system: You are a helpful assistant.
user:
Analyze the provided spectrum to determine if it is a **M-type Giant (gM)**.

A M-type Giant spectrum is defined by its **strong molecular absorption** features, particularly from **Titanium Oxide (TiO)**. You must check for one of the following mutually exclusive signatures:

- **Key Visual Indicators (Absorption-Dominated Spectrum):**

    - **(Primary):** The spectrum is dominated by strong molecular absorption from **Titanium Oxide (TiO)**. This is the **defining feature** of its M-type temperature class.
        - **(Key Bandheads):** Look for sharp, "saw-tooth" absorption valleys. The strongest are located near **~7050 Å**, **~6160 Å**, and **~5170 Å**.
        - **(Line Profile):** The "saw-tooth" morphology is critical: a **sharp, steep drop on the BLUE (short-wavelength) side** of the bandhead, followed by a gradual recovery (rising flux) towards the RED (long-wavelength) side.

    - **(Key Confirmation - Giant vs. Dwarf):** **ABSENCE** of strong **Calcium Hydride (CaH)** molecular bands. This is the primary diagnostic for *excluding* M-dwarfs.
        - **(Key Region):** The spectrum should lack the strong, broad absorption band seen in dwarfs between **~6800 Å and ~7000 Å**.

    - **(Secondary Confirmation - Giant):** A very strong and broad **Neutral Calcium (Ca I)** atomic absorption line.
        - **(Key Line):** Located at **~4226 Å**. In a giant (gM), this line is significantly deeper and broader than the same line in an M-dwarf (dM) due to low surface gravity.

    - **(Overall Spectrum):**
        - The continuum is **extremely red-sloping** (i.e., flux is very low in the blue and rises dramatically towards the red).
        - The entire spectrum appears "chopped up" by the deep TiO bands.

Think first, call **spectral_visualization_tool** if needed to examine features in detail, then provide your final answer. Your response must adhere to the following strict rules:
1.  **Overall Structure:** Your response must follow the format `<think>...</think> <tool_call>...</tool_call> (if a tool is used) <answer>...</answer>`.
2.  **Tool Usage Constraint:** You may only make **one** tool call per turn.
3.  **Final Answer Format:** In the `<answer>` tag, your conclusion must be inside a `\boxed{}` command (e.g., `\boxed{YES}` or `\boxed{NO}`), followed by your justification.

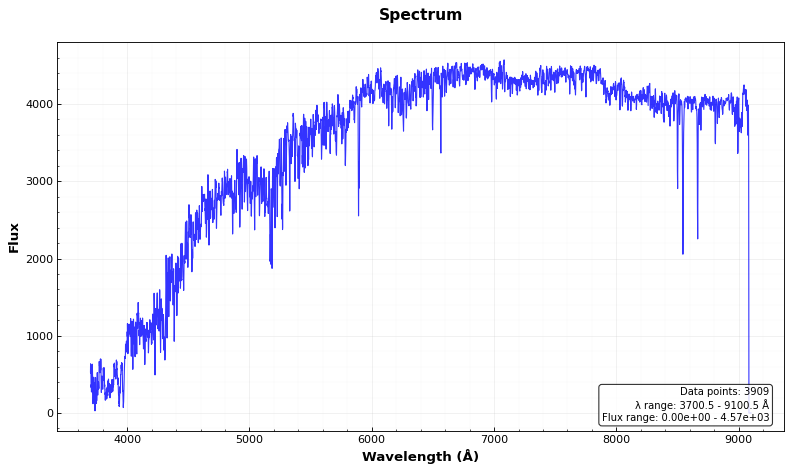
Answer: NO